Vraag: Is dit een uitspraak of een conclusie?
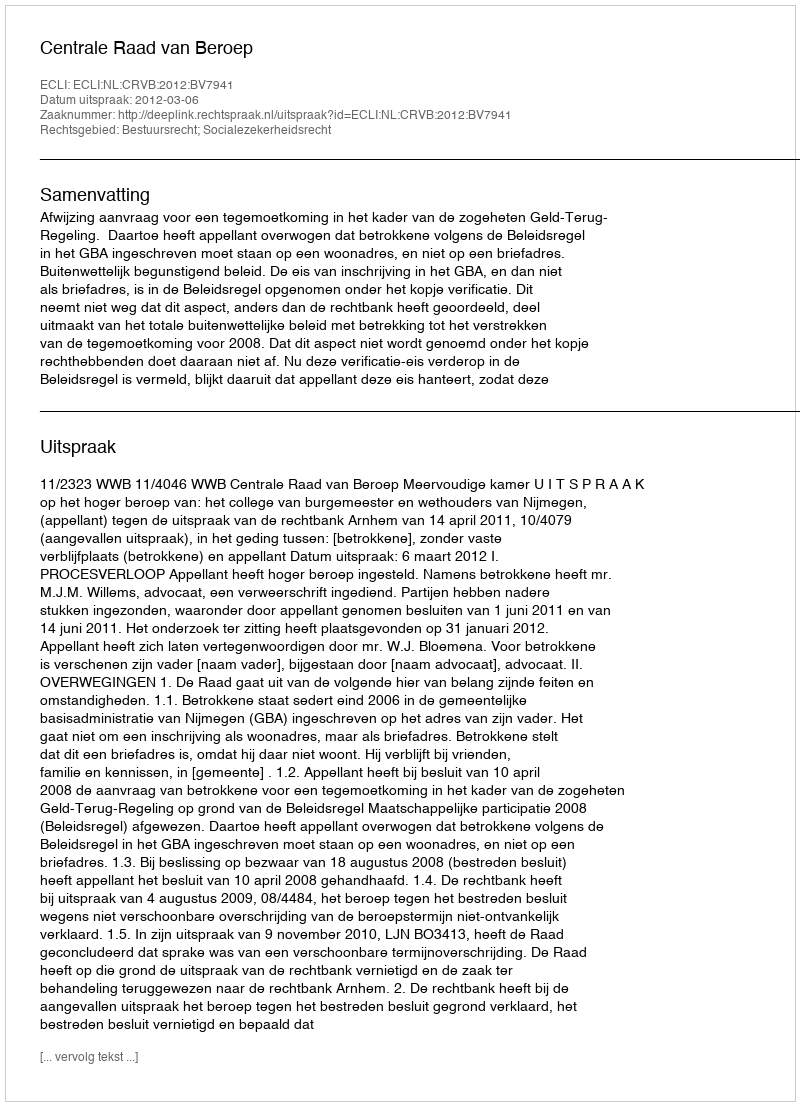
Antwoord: Uitspraak